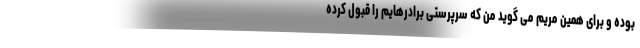
بوده و برای همین مریم می گوید من که سرپرستی برادرهایم را قبول کرده